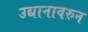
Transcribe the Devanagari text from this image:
उद्यानावरुन